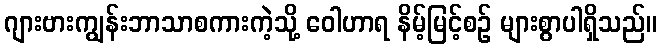
ဂျားဗားကျွန်းဘာသာစကားကဲ့သို့ ဝေါဟာရ နိမ့်မြင့်စဉ် များစွာပါရှိသည်။